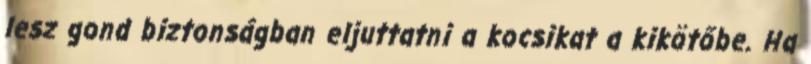
lesz gond biztonságban eljuttatni a kocsikat a kikötőbe. Ha